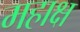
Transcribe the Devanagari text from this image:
महाक्ष